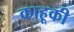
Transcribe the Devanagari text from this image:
काहूकी